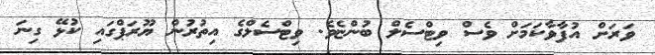
ވަރަށް އުފާވާކަމަށް ވެސް ވިޓްސެލް ބުންޏެވެ. ވިޓްސެލްގެ އިތުރުން ޔޫރަޕްގައި ކުޅޭ ގިނަ